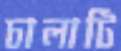
চালাটি